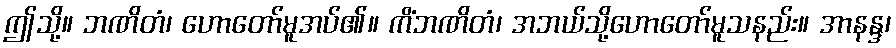
ဤသို့။ ဘဏိတံ၊ ဟောတော်မူအပ်၏။ ကိံဘဏိတံ၊ အဘယ်သို့ဟောတော်မူသနည်း။ အာနန္ဒ၊